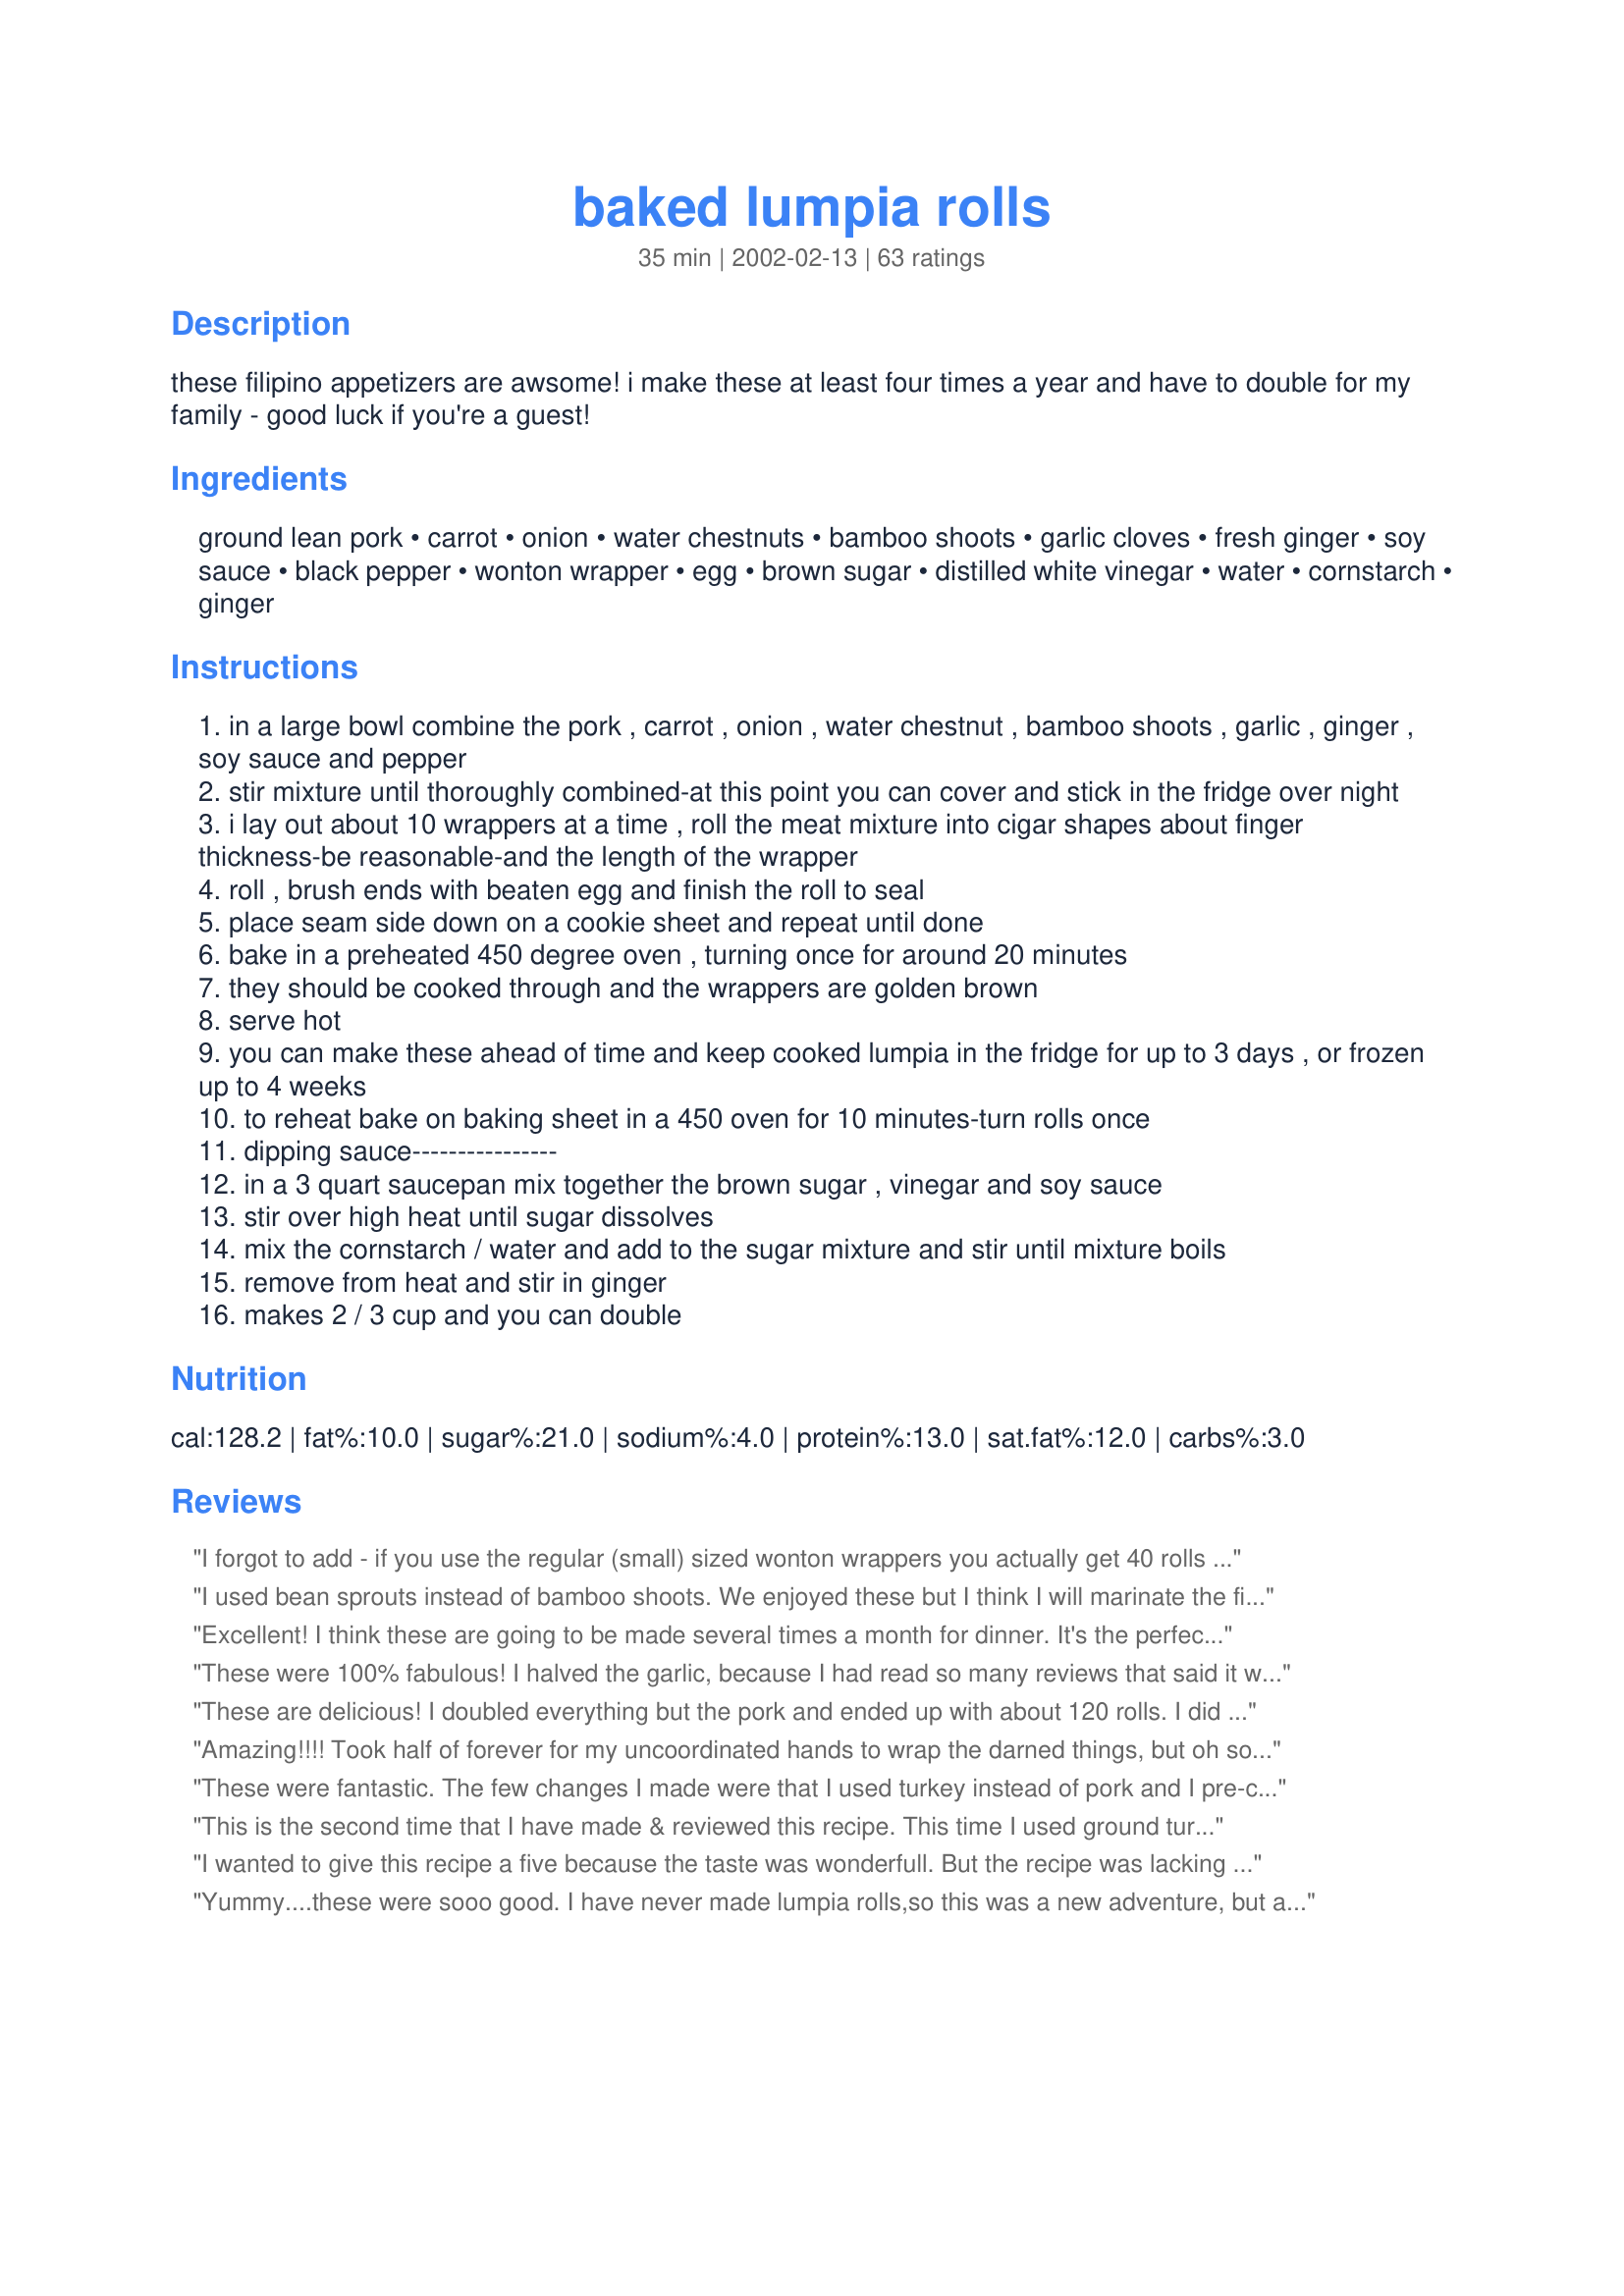
baked lumpia rolls
Preparation time: 35 minutes

these filipino appetizers are awsome! i make these at least four times a year and have to double for my family - good luck if you're a guest!

Ingredients:
ground lean pork, carrot, onion, water chestnuts, bamboo shoots, garlic cloves, fresh ginger, soy sauce, black pepper, wonton wrapper, egg, brown sugar, distilled white vinegar, water, cornstarch, ginger

Steps:
in a large bowl combine the pork , carrot , onion , water chestnut , bamboo shoots , garlic , ginger , soy sauce and pepper
stir mixture until thoroughly combined-at this point you can cover and stick in the fridge over night
i lay out about 10 wrappers at a time , roll the meat mixture into cigar shapes about finger thickness-be reasonable-and the length of the wrapper
roll , brush ends with beaten egg and finish the roll to seal
place seam side down on a cookie sheet and repeat until done
bake in a preheated 450 degree oven , turning once for around 20 minutes
they should be cooked through and the wrappers are golden brown
serve hot
you can make these ahead of time and keep cooked lumpia in the fridge for up to 3 days , or frozen up to 4 weeks
to reheat bake on baking sheet in a 450 oven for 10 minutes-turn rolls once
dipping sauce----------------
in a 3 quart saucepan mix together the brown sugar , vinegar and soy sauce
stir over high heat until sugar dissolves
mix the cornstarch / water and add to the sugar mixture and stir until mixture boils
remove from heat and stir in ginger
makes 2 / 3 cup and you can double

Reviews:
I forgot to add - if you use the regular (small) sized wonton wrappers you actually get 40 rolls not 15 - and on weight watcher they are one point each if you make 40!
I used bean sprouts instead of bamboo shoots. We enjoyed these but I think I will marinate the filling overnight next time.
Excellent! I think these are going to be made several times a month for dinner. It's the perfect finger/dipping food for kids and the adults love them as well. The recipe is perfect as is, but I made some adjustments the second time because I didn't have some of the ingredients. The second time I made these I used ground turkey, which really doesn't have as much flavor as the pork. My kids aren't vegetable averse, but I grated some zucchini and cabbage and added them into the meat mixture, they couldn't even tell. I dropped the garlic down to 2 cloves and added a tablespoon of hoisin sauce and a few drops of sesame oil for a different flavor. The baking method works beautifully. Thanks for the recipe, we'll be making this time and again!
These were 100% fabulous! I halved the garlic, because I had read so many reviews that said it was too much. That turned out just fine. One tip: It definitely is necessary to spray the pan first, but as a result, they get a little oily. Just wrap them in paper towels after they cool a little and all is well! Thanks for this wonderful recipe!
These are delicious! I doubled everything but the pork and ended up with about 120 rolls. I did not use the egg to seal but just my moistened fingertip and found that worked just fine. I also followed the advice of a previous poster and brushed my pan as well as the rolls with oil. I used peanut oil and thought the result was excellent! Nice and crispy. I found that wrapping them by folding the two corners on the sides and then rolling them worked best for me. I may try to add more veggies like bean sprouts (I am not sure if you can freeze bean sprouts?)and eliminate the pork or try ground chicken instead, I think both ways would be good. I also found there to be too much garlic as others have posted, I think I would cut it to half the amount. I used reduced sodium soy sauce, and thought it could use a bit more.
Amazing!!!! Took half of forever for my uncoordinated hands to wrap the darned things, but oh so worth it!!! People wanted to know what caterer I bought them from -- they were amazed that they were home made!!! Will make again and again...
These were fantastic. The few changes I made were that I used turkey instead of pork and I pre-cooked the filling then cooled it in the fridge for about an hour before filling the wrappers. I also used spring roll wrappers because the only wanton wrappers that my grocery store sells are very small. I brushed the tops of each with olive oil and they crisped up perfectly after adjusting the cooking time to 15 minutes since all of the insides where already cooked. Thanks so much for such a wonderful recipe.
This is the second time that I have made & reviewed this recipe. This time I used ground turkey - they are very good but the pork is better. It is so easy to keep some of these in the freezer and just pop them out and into the oven when company comes. The sauce is fabulous and only takes a few minutes to make. I like to make it a few hours in advance to let the flavors blend but have also made it in the last minute and it is still very good. I have served this sauce with my pot stickers and also Empanadas - very versatile, tasty sauce. I think of you Diana and thank you every time I serve them. My freezer stays happy when I have a tin of Lumpias in it!
I wanted to give this recipe a five because the taste was wonderfull. But the recipe was lacking for a first timer like me. You might want to change the recipe to show how to make the wonton wrappers flexable. I had no idea what to do, so I ran them under hot water. Also, the recipe should say to grease the pan. I followed the recipe perfectly and so found the whole backs stuck to the pan. As far as taste, though, we thought they were great and the amount of garlic was perfect. I'll make this again and will change my rating if the recipe changes. Thanks!
Yummy....these were sooo good. I have never made lumpia rolls,so this was a new adventure, but am so glad I tried them, as they were fabulous. I am planning on making them again tonight for our New Years Eve dinner. Thank you for a great recipe....Stephanie
The filling was quite tasty, and I didn't find the 8 cloves of garlic overwhelming at all. However, I got more like 20 rolls out of this recipe -- not 60 -- and I also found they released a lot of water while baking, which made the wraps a bit soggy and some cracked. When I reheated them, I brushed them with oil and that helped them crisp up nicely so the finished product was okay. Next time though, I might stir fry the carrot and onion first to try and make the mix a little drier.
Baking the Lumpia Rolls was good. But the 8 cloves of garlic was too much. I cut it to 3 cloves and still very strong on the garlic. Next time will cut to 1 clove for this recipe.I love garlic but not to overpower the taste of the lumpia. I use 1 large carrot to give it some sweetness.
 The sauce using 1/4 cup of brown sugar was too sweet. So I cut the sugar down to 1 tablespoons and used 4 tablespoon rice vinegar, 2 tablespoons of soy sauce.4 tablespoons of water.This will be tandy & sweet. Been making egg rolls for 40 years.
This sauce will not overpower the Lumpia just give it the right flavor to enjoy.
Wow! I loved these, as did everyone else at my party. The sauce was the best part for me, tangy and sweet. Another great recipe, Thanks. I chopped everything in my little food chopper and grated my ginger with my microplane zester and it was a breeze. My fiance was very excited, he said "Honey, you made eggrolls!" It's something I've never tried to do, next up, fried rice!
DELISH! Took them to a football bowl game and the plate came home clean. The rolls are very good alone, but the dipping sauce is what puts them over the top. I had several requests for the recipe. This is one that I will definitely share with my Facebook friends. Thanks for more than a keeper!
These were great. My husband loved them, and he is a very picky eater. It may be my oven, but I may reduce the heat next time to about 400 degrees.
These were very fast to put together with the help of my food processor. I used ground chicken breast and would like to try again with pork, however, the onion was a bit overpowering for us. It could&#039;ve been the onion itself, either a strong one just plain too much. Next time I will reduce the onion and see if that helps. They were very flavorful, but just too strong on the onion for this batch. I also realized at the last minute I didn&#039;t have white vinegar and substituted unseasoned rice vinegar with great results. Thanks for sharing!
These are VERY good! I put together the filling in the early part of the day and made about 15 of them for dinner. I used 5 cloves of garlic and did not add the bean sprouts because I forgot to buy any. Otherwise, I made as posted. I sprayed the rolls with pam before baking adn they were nice and brown after baking. I will be makind up the rest of them today and freezing. The dipping sauce was easy to make and the the taste is excellent. I didn't find it too vinegary at all and my husband LOVED it! Next time I will double or triple the sauce. Thanks so much for posting!!
An easier version of the lumpia is to substitute cooked prawns and roll in rice paper wrappers. All else staysthe same just no cooking
really good appetizer. in my opinion, the sauce is what makes this recipe. it was a little too vinegary for me, but i just dumped in some extra brown sugar, and it was great. a little effort to prepare, but worth it in the end.
So happy to find a BAKED method AND a GREAT sauce! These are awesome! Have made several times & tweaked the roll ingredients several ways. Very versitile! The sauce is forgiving too as some of the other comments indicate...more or less vinegar/brown sugar to your liking. Love both the rolls & the sauce! Thank you!
This is a highly recommended recipe. It taste really good. My young daughter didnt like bamboo shoots so I substituted bean sprouts and it still tasted great because of the sauce. Way to go Diana...u have plenty of good recipes.
I really like these! I substituted the pork for Morningstar Farms Meal Starters Crumbles as I am vegetarian. I also put peas instead of water chestnuts and bamboo shoots. The sauce is really yummy. I didn't have white vinegar so I used red wine vinegar and it worked fine for me. Fried would probably be so much yummier, but baked is a fantastic healthier option.
These were excellent! I made these for a family function and everyone loved them! Thanks!
I liked it and it was really simple. I think it would be good to add sesame oil or even oyster sauce.I used wonton wrappers but next time I'll use egg roll instead- too small
I agree with everyone else, these are fantastic! What a nice and healthy way to cook one of my favorite things... not to mention, simple to make! They went together in a snap, and came out of the oven nice and crisp. Thanks so much for posting your recipe, we will enjoy this one often :)
Been making and using this recipe for a about 6 months now and just realized I never rated it...This is always a hit during get togethers and even my partners very picky british nephew loves this to pieces and calls this Filipino Hotdogs... Ohhh and the 1st time I made this I accidentally mixed the beaten egg with the mixture and it was actually perfect as it seems to add a bit of moisture to the filling. So I always drop an egg on my mine everytime - LoL - and I also increase the soy sauce to 4 teaspoons and a tad bit of salt - personal preference. Apart from that followed the recipe to a tee. Great results everytime...Thanks for posting :)
This was a very good recipe. My crowd gave feedback and everyone was very impressed. I would suggest altering your recipe to add that non-stick spray should be used on the cookie sheets. Thanks for the recipe Di.
These were AWESOME! To get a gorgeous golden brown gloss, brush the finished rolls with the remainder of the beaten egg. They're great! I'll never fry lumpia...or egg rolls, for that matter...again!
This was ok but I've had better. I didn't care for the sauce or the wrapper. You can get spring roll wrappers at asian stores and the lumpias can be made much longer or make your own with 5 tbs flour, 2 eggs, 1 cup water, 1 tsp salt and vegetable oil for frying. Cook for 30 secs. and flip. Makes 24 wrappers. I like the lumpia with shrimp much better. My mom make s it all the time. It's so good,it doesn't even need a sauce.
This is an excellent recipe. It was easy to prepare and very tasty. Next time I make it, I may substitute some shredded cabbage for the bamboo shoots. This recipe is definitely a "keeper"!
Oh yes thank you! My nieghbor growing up always made these for partys and any left over was sent to our house because my sister and I loved them so much.
Thank you so much for the recipe! We loved them :)
I work with filipinas who make fried lumpia, which tastes good, but too greasy for me. This is just as good and not greasy. I also made some with chopped cooked prawns instead of pork. DO NOT omit the sauce. It makes the dish!
EXCELLENT! I am stuffing my face with these as I type. 

I used ground turkey (the store didn't have ground pork). I may never try it with pork and save myself some calories if they're already this good.

I also used 4 cloves garlic instead of 8 and this was due to some of the reviews here -- I'm not a fan of an overpowering garlic taste so I though I would start small and work my way up next time if I felt the need for more; I can see 8 cloves working in this recipe but personally I will probably stick to just 4. 

Thank you so much for the recipe DiB's, and thank you to all the other chefs who posted their comments and reviews. 

I really can't wait to make these again!
These were SO good! My husband loved them! I have made some pretty crappy lumpia before, so when I said i was making lumpia for dinner, the response was less then exciting. I made these exactly how the recipe said except I used spring roll wraps and added more soy sauce. I am always leary making anything I cant taste before I cook, like a meat loaf or these lumpia here because they use raw meat. So I just make a little baby patty with the filling and fry it up really fast to taste it. It was a little bland so I added more soy sauce and it was SO YUMMY!!! This is a keeper for sure and one I will make often!
AND THEY ARE BAKED!!! even better! Thank you for sharing!
The flavors worked so nicely together in this recipe. Favorable reviews all around. Used actual lumpia wrappers versus wonton wrappers, don't know if there is much difference but I had far fewer than the 60 rolls indicated. I would defintely make these again.
I went to both Grocery stores in town and BOTH of them were OUT of Wonton Wrappers. I was very disappointed because I already bought all the ingredients to make these and I was so excited about trying them. I hesitatingly tried making them with Egg Roll Wrappers instead. I had to fry them because the egg roll wrapper just hardened after baking. I DO NOT RECOMMEND IT!!! The Sauce was excellent and the filling was pretty tasty. I want to try these again, but with the Wonton Wrappers. I'm sure that after I do, I will have to change my rating to 5 stars. Thanks for the recipe!
These were great. We had to use celery in place of the Bamboo. We made them with the eggroll wraps so they were a little larger. I will probably make them agian, but with a different sauce. Thanks!
These were really good! My husband ate 7 of them (and i used egg roll wrappers)! I did leave out the pork and water chestnuts, and added bean sprouts, but we still really enjoyed them. I dipped them in chinese hot mustard but I'm sure the dipping sauce would've been awesome as well. Thanks for the excellent snack!
These were delicious!!!! I followed the recipe except I increased the soy sauce by 1 more tsp in both the meat mixture and the sauce. Also - I did not spray coat my sheet pan before hand and they stuck - next time I will grease the pan lightly first. I also used a food processor to finely chop all the ingredients before adding to the pork - worked really well.
My 10 yr old son, me and my husband loved these (other 3 kids wouldn't try them but that meant MORE for momma!)
Lastly had about 10 left over that wouldn't fit on the pan - these I turned into wontons and I am making a soup...we'll see...
This was great - didn't change a thing. They vanished fast. I was planning to make a batch of sausage rolls for a Christmas party but was pipped at the post by someone else. GOOD - these are much better - will go down a treat.
These lumpias are really good! They are the best straight out of the oven. I also tried them refrigerated and frozen.

My aunt makes fried lumpias for parties, and they are excellent. But you kind of feel bad calorie-wise after eating them. Your lumpias taste very similar.

The sauce was strong, but I thinned it with some water. 

I only had small wonton wrappers, but I found them to make perfect two bite pieces. 

Thank you! I will make these often.
This is for the dipping sauce --A 5* sauce. I make lumpia all the time & have hunted for a good sauce recipe--well Di has done it; this is perfect for Lumpia--& baking is the only way to go for me! Fry no more...they came out crisp & perfect!
Very good. My prep time was about 30-45 minutes and I used a food processor to speed the work! I forgot to add the garlic, but the end result was still excellent--next time I will remember to add the garlic. I will also double the dipping sauce since mine cooked down considerably.
These were very good but I think I need to add some salt or more soy sauce to the filling. I marinated it overnight, but it still needed something more from the sodium family to bring out the flavors. On the plus side, I had a Filipino guest at my party, and she said that aside from not being fried, they were very much like the ones her family makes! Everyone loved the sauce, too.
My hubby learned to love lumpia when he was in the Navy, and he says these are darn good. I like them too.
The filling was nice, but I think they would have been tastier deep fried, the way lumpia should be. I may try this recipe again but fry the lumpia to see the difference. I know its much less healthy that way, but hey!
Excellent flavor (although a little time-consuming to make - but worth it!). We had these for dinner (sometimes have "appetizer meals") and they were delicious! I would double the sauce amount next time (DH is a big dipper!). Thanks, Diana!
This was ok. WAY too vinegary for me AND all my guests. Next time I'll cut down on the vinegar and maybe use different ground meat.
I love LUMPIAS!
Hey Di, fiance and I loved these! I usually make my own version of egg rolls, but wanted to change it up so tried these. I used tofu instead of meat, so I added a little more soy sauce to make up for flavor. I think I rolled them too thick, but they were still great! The sauce was also a little vinegary for us--I added more brown sugar but it didn't quite do it for us. I think next time I'll add less vinegar and cook it for longer. Anyway, thanks for the great recipe--I'll make these a LOT!
Despite the remark from starkrazi, I still wanted to try your recipe and I'm sooo glad I did! I didn't have any bamboo shoots, but I pretty much followed the directions otherwise. The cloves of garlic I used were big daddy's so I only used four and it was great. I'm always afraid of vinegar overpowing a dish so I did use a little less, maybe about 1/3 C. instead. But I really loved it and will absolutely, positively make it again. Thank you! Oh yeah-do yourself a favor and definetly spray the pan before baking=)
The taste reminded me of "eggrolls" my mom's Filipino friend used to make for parties... I was so happy to find this recipe... I make a lot of eggrolls (spring rolls) but have never made lumpia before. I was thrilled that these were baked... to save on fat and calories!!! I was unsure whether or not to cook the filling before actually rolling them. I just couldn't bring myself to roll them with the raw pork filling... even though this may be correct. I browned my pork first then briefly sauteed all the veggies and cooled the mixture in the fridge for about 30 minutes before I started rolling them. I used spring roll wrappers which are nice and thin... and they fry up so nicely, that I figured they would bake up crispy too. I only made a half recipe and made a tasty dinner out of them! I did spray my baking pan with olive oil before placing the rolls on them and then sprayed the tops of half with olive oil and the other half I brushed with the leftover egg wash to see which method browned and crisped the lumpia to our liking. I personally like the oil sprayed rolls better... they had a delicious and satisfying crunch, while the egg washed lumpia were a little more chewy and crisp on the ends. Both ways browned up beautifully however. I loved the crunch of the water chestnuts and the garlic amount was perfect. Delicious served with the ginger soy dipping sauce. Thanks for posting!!!
Excellent! I also used bean sprouts in place of shoots and chestnuts. I would give this recipe 10 stars if I could.
Just a note: If using packaged ground pork some have salt added so I omit soy otherwise it is WAY too salty. You can always sprinkle soy on while eating.
These get raves wherever I take them. They are very easy to put together.
This recipe was wonderful. I have made it several times. Make sure to marinate overnight so the flavors blend. I made once without marinating and it wasn't the same! I also fired them in peanut oil in my fryer! That made them crunchy and goo too!
Gross way to much garlic. It was a waste of time and effort.
I made these for a housewarming party - they were the first things to go - fun to make and incredibly tasty....Good one Diana
 I made these up one night and froze them on sheet trays unbaked. (I did a tester on 5 before freezing and baked them in the toaster oven for the specified time--tasted good) Last night I fried these in veg oil and enjoyed them better than baking. These were great. I looked at the previous reviews and decreased garlic to 1/2 and replaced bamboo w/ bean sprouts.
Great Rolls! Everyone loved them. Amazing recipe. It took me an hour of prep time but the rolls made it worth every second.
Very easy to put together! I used egg roll wrappers instead of wonton wrappers.
This was very good. We used bean sprouts instead of the water chesnuts and bamboo shots, added extra garlic and soy sauce and used small egg roll wrappers as a previous reviewer suggested as I am too impatient to futz around with wonton wrappers (not to mention I couldn't find any in my grocery store). We also use flour and water instead of egg when making rolls as we find it seals better. This will definitely be added to the book and thanks for posting!
These were awesome, although I felt something was missing cannot put my finger on exactly what. Thanks for a great recipe.
